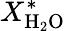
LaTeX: X_{\mathrm{H_{2}O}}^{*}